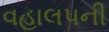
વહાલપની